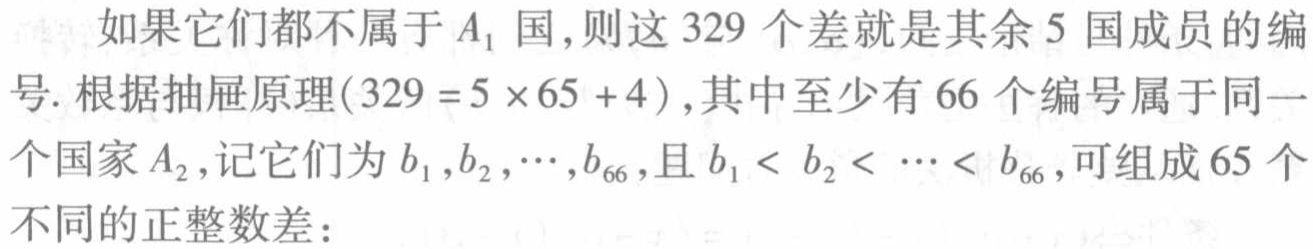
如果它们都不属于 \(A_{1}\) 国,则这 \(329\) 个差就是其余 \(5\) 国成员的编号. 根据抽屉原理(\(329 = 5\times65 + 4\)),其中至少有 \(66\) 个编号属于同一个国家 \(A_{2}\),记它们为 \(b_{1},b_{2},\cdots,b_{66}\),且 \(b_{1}< b_{2}< \cdots< b_{66}\),可组成 \(65\) 个不同的正整数差：